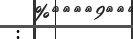
: